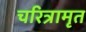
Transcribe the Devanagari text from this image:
चरित्रामृत